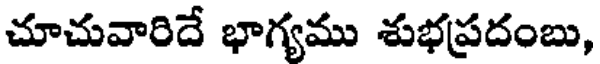
చూచువారిదే భాగ్యము శుభప్రదంబు,